Lunatic asylums Punjab 1895-1910 - 1895-1910
Year: 1895
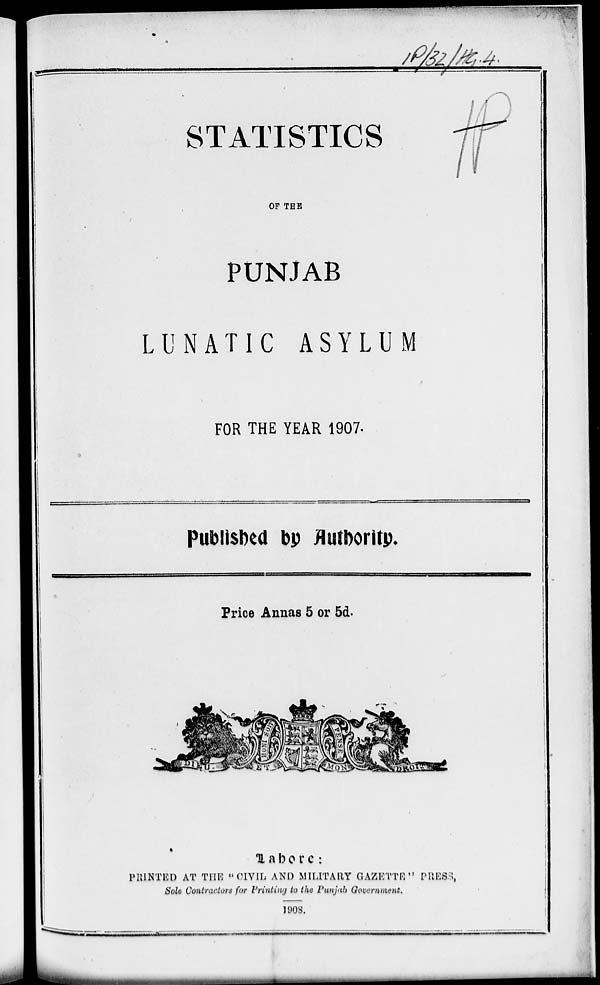
STATISTICS
OF THE
PUNJAB
LUNATIC ASYLUM
FOR THE YEAR 1907.
Published by Authority.
Price Annas 5 or 5d.
Lahore:
PRINTED AT THE "CIVIL AND MILITARY GAZETTE" PRESS,
Sole Contractors for Printing to the Punjab Government.
1908.